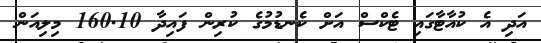
އަދި އެ ކުއާޓާގައި ޓެކްސް އަށް ކެނޑުމުގެ ކުރިން ފައިދާ 160.10 މިލިއަން